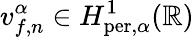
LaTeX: v_{f,n}^{\alpha}\in H_{\mathrm{per},\alpha}^{1}(\mathbb{R})